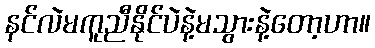
နင်လဲမကူညီနိုင်ပဲနဲ့မသွားနဲ့တော့ဟာ။